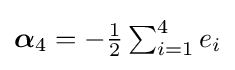
{\textstyle {\boldsymbol {\alpha }}_{4}=-{\frac {1}{2}}\sum _{i=1}^{4}e_{i}}